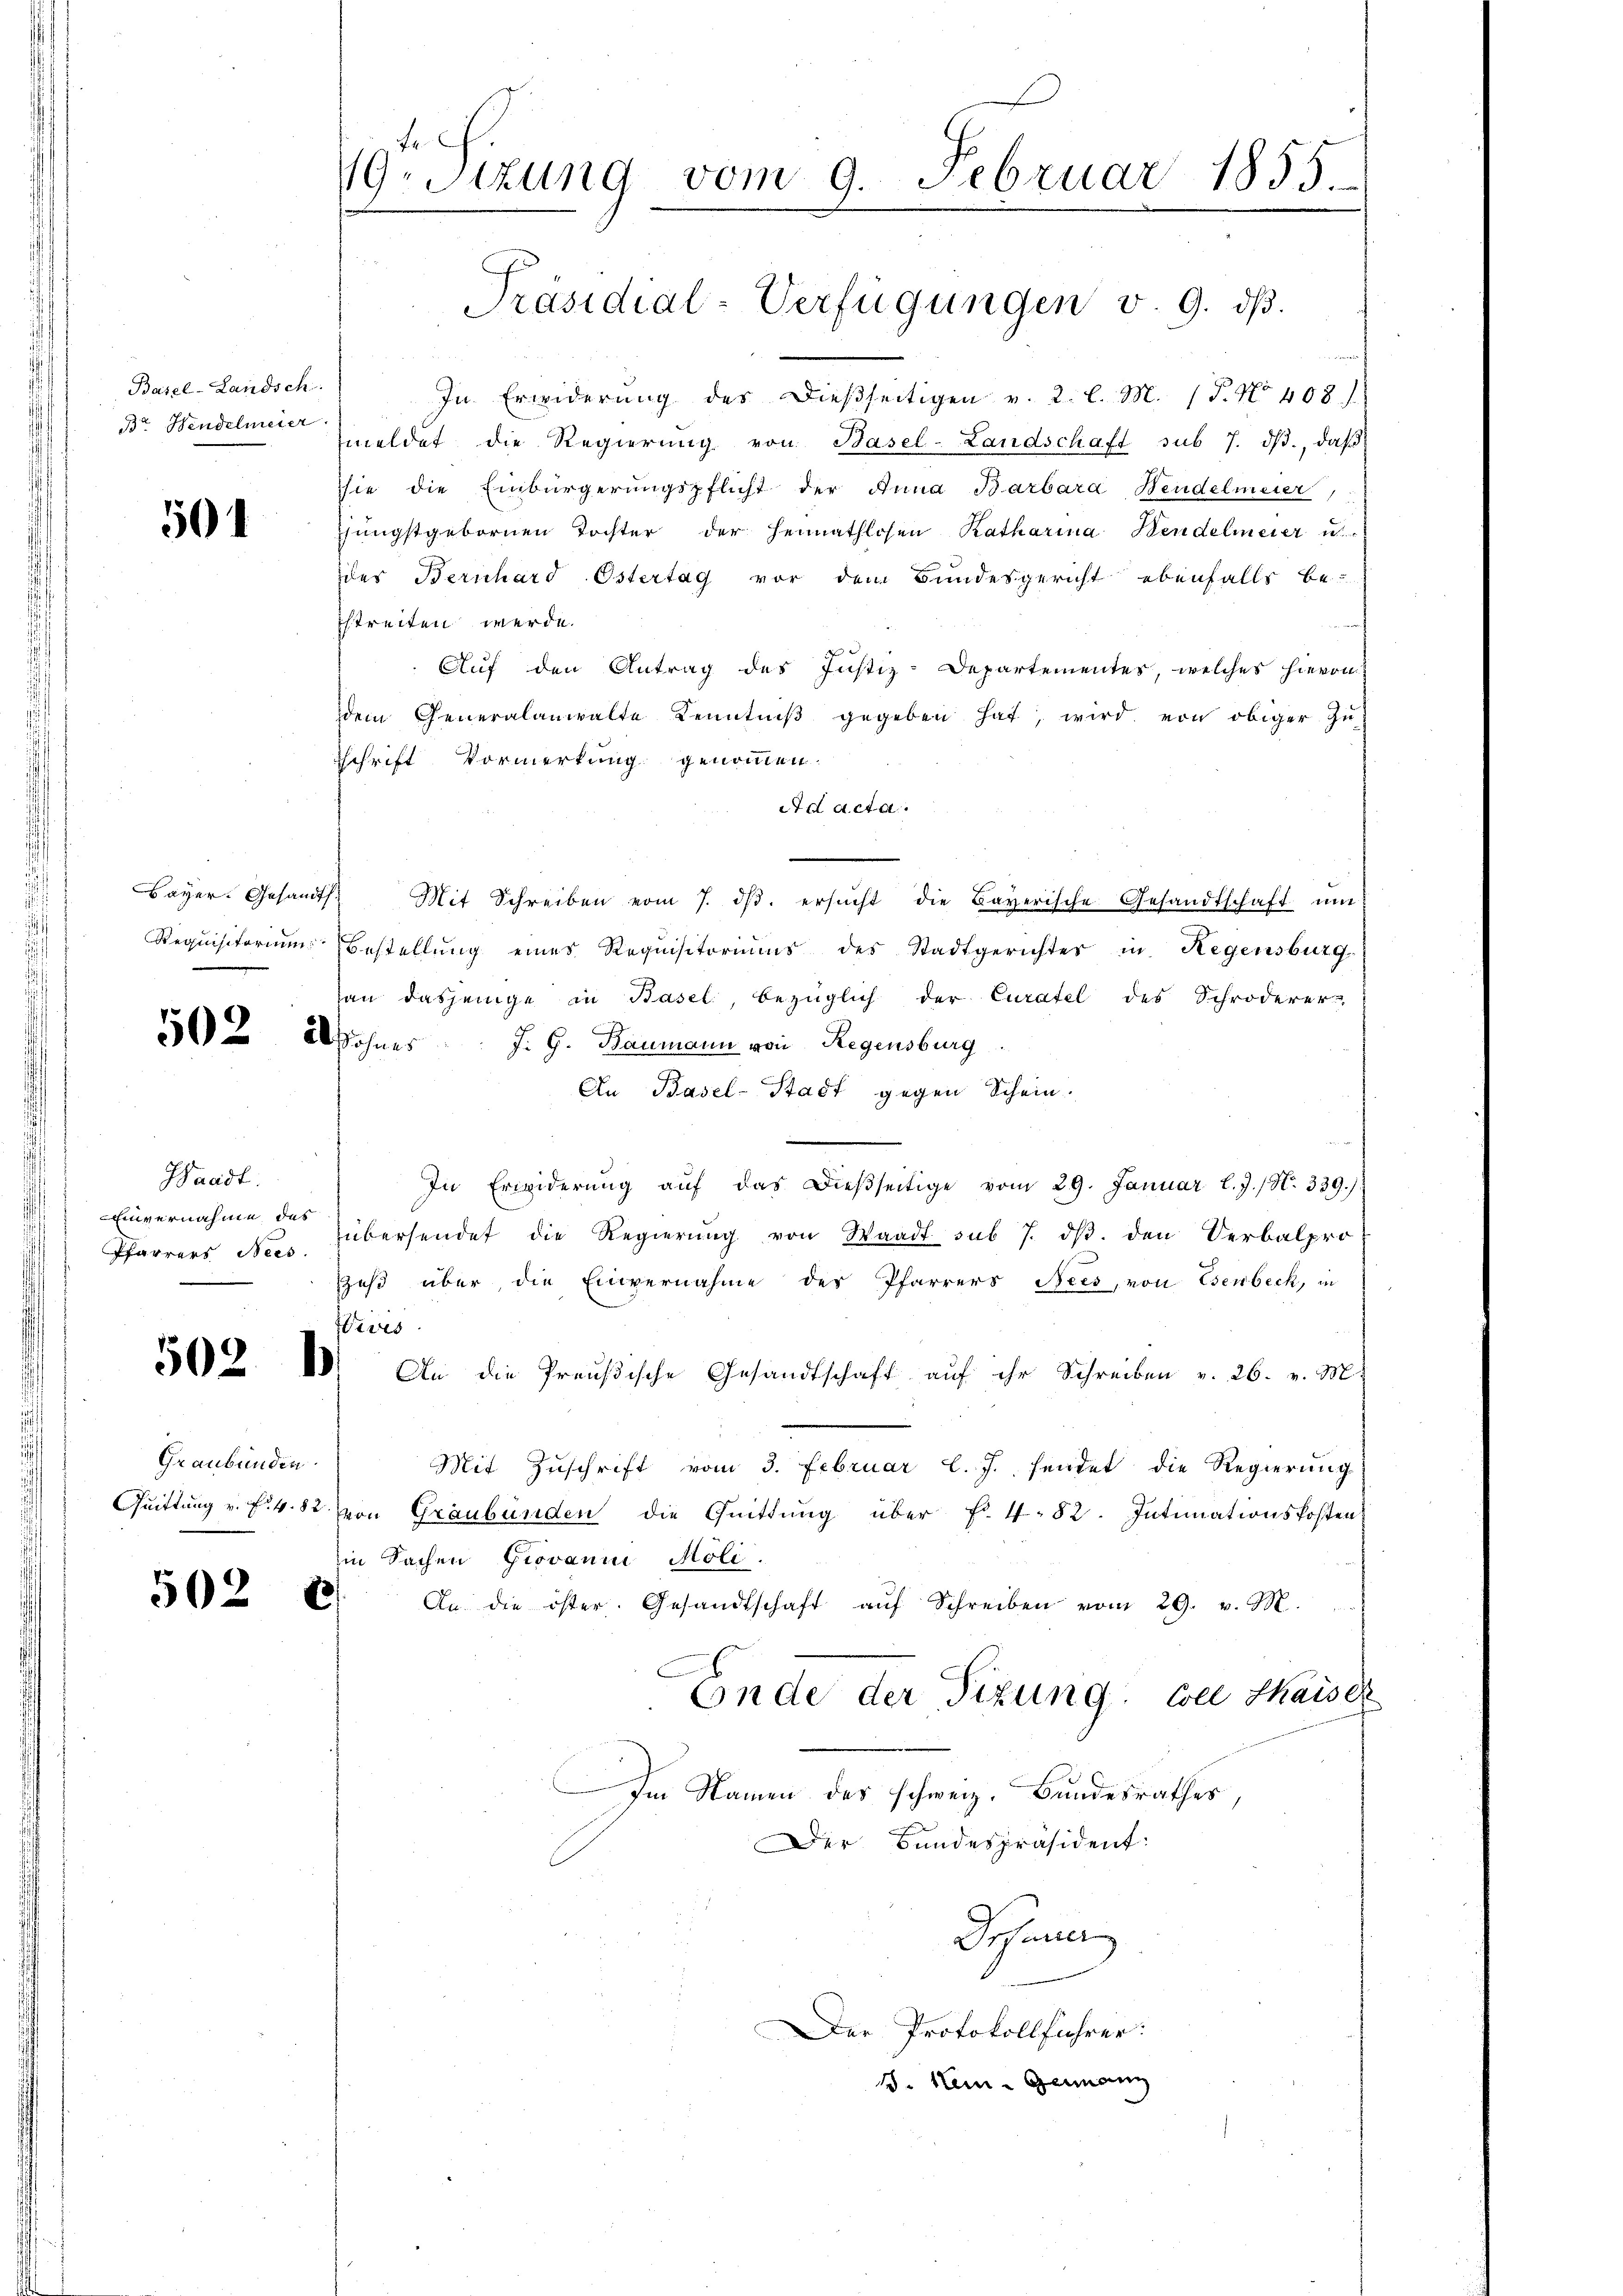
Basel-Landsch
Br. Handelmeier

501

Bayer. Gesandt.
Requisitorium

502 a

Waadt.
invernahme das
Pfarrers Nees.

502

502 e

1

19. Sizung vom 9. Februar 1855.
 8

Graubünden.

Präsidial-Verfügungen v. 9. dβ.

In Erwiderŭng des dießseitigen v. 2. l. M. (T. No 408.)
meldet die Regierŭng von Basel-Landschaft sub 7. dβ., daβ
sie die Einbürgerungspflicht der Anna Barbara Hendelmeier,
jüngstgebornen Tochter der Heimathlosen Katharina Hendelmeier u.
des Bernhard Ostertag vor dem Bundesgericht ebenfalls be-
streiten werde.
Auf den Antrag des Justiz-Departementer, welches hievon
dem Generalanwalte Kenntniβ gegeben hat, wird von obiger Zu¬
Schrift Vormerkung genommen.
Ad Acta.
Mit Schreiben vom 7. ds. ersŭcht die Bayerische Gesandtschaft ŭm
Bestellung eines Requisitoriums des Stadtgerichter in Regensburg
an dasjenige in Basel, bezüglich der Curatel des Schröderer
Sohnes J. G. Baumann von Regensburg
An Basel-Stadt gegen Schein.
g
In Erwiderŭng aŭf das Dieβseitige vom 29. Januar l.J. (N. 339.)
übersendet die Regierŭng von Waadt sub 7. dβ. den Verbalpro
zes über die Einvernahme des Pfarrers Nees, von Esenbeck, in
Wives
An die Preußische Gesandtschaft aŭf ihr Schreiben v. 26. v. M.
Mit Zuschrift vom 3. Februar l. J. sendet die Regierung
Quittung v. F. v. 82 von Graubünden die Quittŭng über f. 482. Intimationskosten
in Sachen Giovanni Moli.
An die öster. Gesandtschaft aŭf Schreiben vom 29. v. M.
Ende der Sizung. Coll Kaiser
Im Namen des schweiz. Bundesrathes,
Der Bundespräsident:
Johannig
Der Protokollführer:
1. Im Germann